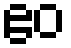
ဧဝ